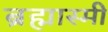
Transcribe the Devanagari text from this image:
ब्रह्मास्मी